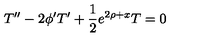
T ^ { \prime \prime } - 2 \phi ^ { \prime } T ^ { \prime } + \frac { 1 } { 2 } e ^ { 2 \rho + x } T = 0